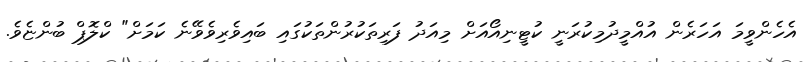
އެހެންވީމަ އަހަރެން އުއްމީދުމިކުރަނީ ކުޓީނިއޯއަށް މިއަދު ފަރިތަކުރުންތަކުގައި ބައިވެރިވެވޭނެ ކަމަށް" ކްލޮޕް ބުންޏެވެ.